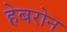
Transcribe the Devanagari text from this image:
हेबरोन